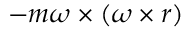
- m { \boldsymbol { \omega } } \times ( { \boldsymbol { \omega } } \times { \boldsymbol { r } } )